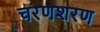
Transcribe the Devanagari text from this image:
चरणशरण